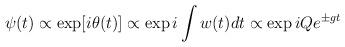
LaTeX: \begin{align*}\psi(t) \propto \exp[i\theta(t)] \propto \exp i\int w(t) dt \propto \exp i Q e^{\pm gt}\end{align*}